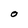
Character: O